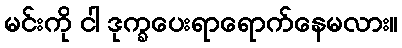
မင်းကို ငါ ဒုက္ခပေးရာရောက်နေမလား။